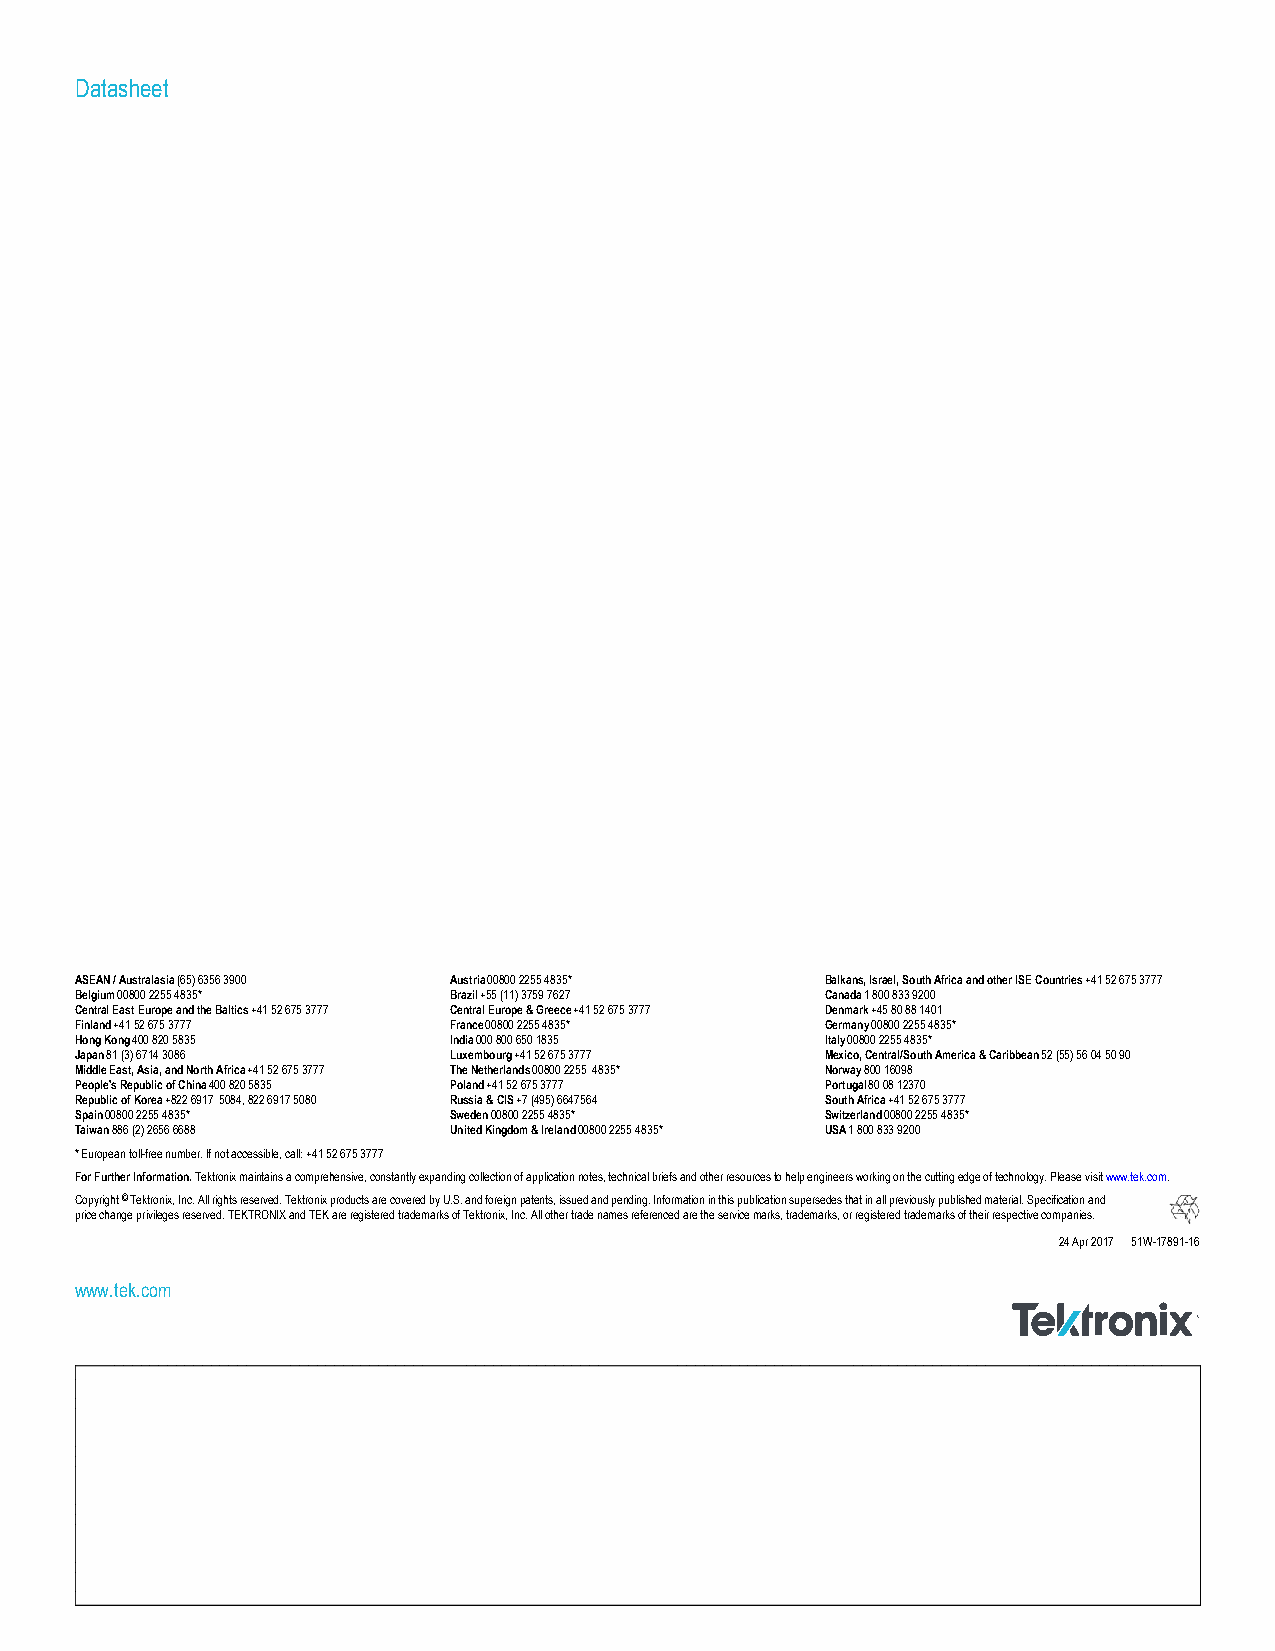
Datasheet
 ASEAN / Australasia (65) 6356 3900 Austria 00800 2255 4835* Balkans, Israel, South Africa and other ISE Countries +41 52 675 3777
 Belgium 00800 2255 4835* Brazil +55 (11) 3759 7627 Canada 1 800 833 9200
 Central East Europe and the Baltics +41 52 675 3777 Central Europe & Greece +41 52 675 3777 Denmark +45 80 88 1401
 Finland +41 52 675 3777  France 00800 2255 4835*  Germany 00800 2255 4835*
 Hong Kong 400 820 5835   India 000 800 650 1835   Italy 00800 2255 4835*
 Japan 81 (3) 6714 3086   Luxembourg +41 52 675 3777 Mexico, Central/South America & Caribbean 52 (55) 56 04 50 90
 Middle East, Asia, and North Africa +41 52 675 3777 The Netherlands 00800 2255 4835* Norway 800 16098
 People's Republic of China 400 820 5835 Poland +41 52 675 3777 Portugal 80 08 12370
 Republic of Korea +822 6917 5084, 822 6917 5080 Russia & CIS +7 (495) 6647564 South Africa +41 52 675 3777
 Spain 00800 2255 4835*   Sweden 00800 2255 4835*  Switzerland 00800 2255 4835*
 Taiwan 886 (2) 2656 6688 United Kingdom & Ireland 00800 2255 4835* USA 1 800 833 9200
 * European toll-free number. If not accessible, call: +41 52 675 3777
 For Further Information. Tektronix maintains a comprehensive, constantly expanding collection of application notes, technical briefs and other resources to help engineers working on the cutting edge of technology. Please visit www.tek.com.
 Copyright © Tektronix, Inc. All rights reserved. Tektronix products are covered by U.S. and foreign patents, issued and pending. Information in this publication supersedes that in all previously published material. Specification and
 price change privileges reserved. TEKTRONIX and TEK are registered trademarks of Tektronix, Inc. All other trade names referenced are the service marks, trademarks, or registered trademarks of their respective companies.
 24 Apr 2017 51W-17891-16
 www.tek.com